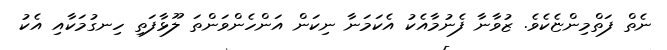
ނެތް ފަތްމިންޏެކެވެ. ޒުވާނާ ފެނުމާއެކު އެކަމަނާ ނިކަން އަންހެންވަންތަ ލޫޅާފަތި ހިނގުމަކާއި އެކު